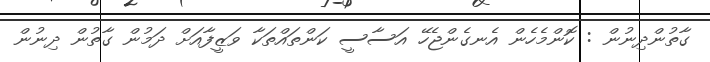
ގާތުންދިނުން : ކޮންމެހެން އެނގެންޖެހޭ އަސާސީ ކަންތައްތަކާ ވަޒީފާއަށް ދަމުން ގާތުން ދިނުން